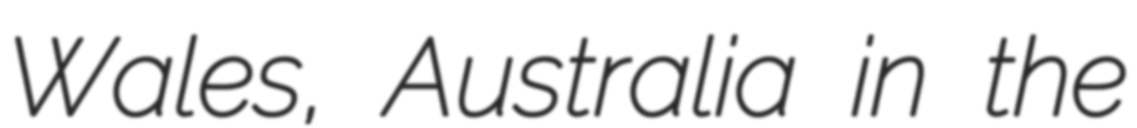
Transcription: Wales, Australia in the